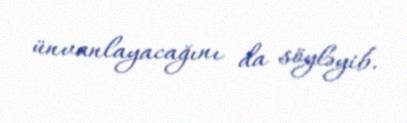
ünvanlayacağını da söyləyib.